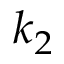
k _ { 2 }